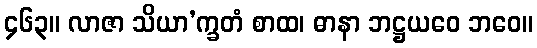
၄၆၃။ လာဇာ သိယာ’က္ခတံ စာထ၊ ဓာနာ ဘဋ္ဌယဝေ ဘဝေ။